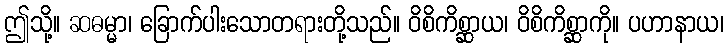
ဤသို့။ ဆဓမ္မာ၊ ခြောက်ပါးသောတရားတို့သည်။ ဝိစိကိစ္ဆာယ၊ ဝိစိကိစ္ဆာကို။ ပဟာနာယ၊